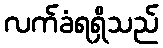
လက်ခံရရှိသည်